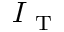
I _ { \mathrm { ~ T ~ } }